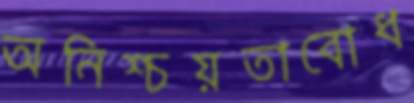
অনিশ্চয়তাবোধ